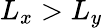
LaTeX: L_{x}>L_{y}